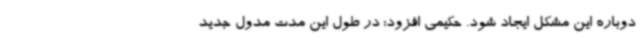
دوباره این مشکل ایجاد شود. حکیمی افزود: در طول این مدت مدول جدید